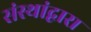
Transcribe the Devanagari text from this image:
संस्थांद्वारा